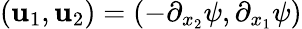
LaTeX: \left(\mathbf{u}_{1},\mathbf{u}_{2}\right)=\left(-\partial_{x_{2}}\psi,\partial_{x_{1}}\psi\right)